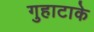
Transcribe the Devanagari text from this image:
गुहाटाके